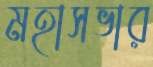
মহাসভার